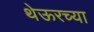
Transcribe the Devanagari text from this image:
थेऊरच्या